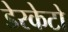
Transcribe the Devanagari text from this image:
डेरकेटो